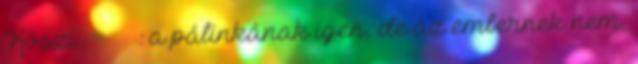
Köszi Верховина: a pálinkának igen, de az embernek nem.